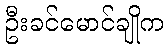
ဦးခင်မောင်ချိုက